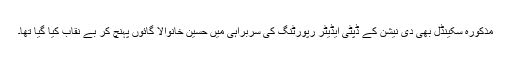
مذکورہ سکینڈل بھی دی نیشن کے ڈپٹی ایڈیٹر رپورٹنگ کی سربراہی میں حسین خانوالا گائوں پہنچ کر بے نقاب کیا گیا تھا۔